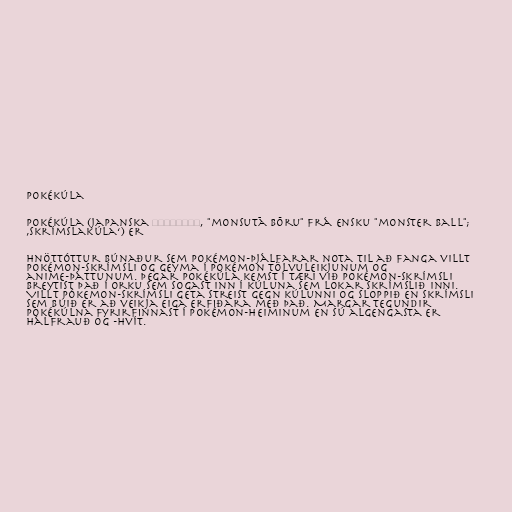
Pokékúla

Pokékúla (japanska モンスターボール, "monsutā bōru" frá ensku "monster ball";
‚skrímslakúla‘) er

hnöttóttur búnaður sem Pokémon-þjálfarar nota til að fanga villt
Pokémon-skrímsli og geyma í Pokémon tölvuleikjunum og
anime-þáttunum. Þegar Pokékúla kemst í tæri við Pokémon-skrímsli
breytist það í orku sem sogast inn í kúluna sem lokar skrímslið inni.
Villt Pókemon-skrímsli geta streist gegn kúlunni og sloppið en skrímsli
sem búið er að veikja eiga erfiðara með það. Margar tegundir
Pokékúlna fyrirfinnast í Pokémon-heiminum en sú algengasta er
hálfrauð og -hvít.